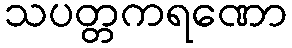
သပတ္တကရဏော